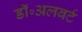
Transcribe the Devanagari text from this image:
डॉ॰अलबर्ट